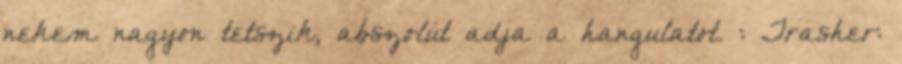
nekem nagyon tetszik, abszolút adja a hangulatot. : Trasher: